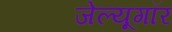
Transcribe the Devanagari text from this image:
जेल्यूगॉर